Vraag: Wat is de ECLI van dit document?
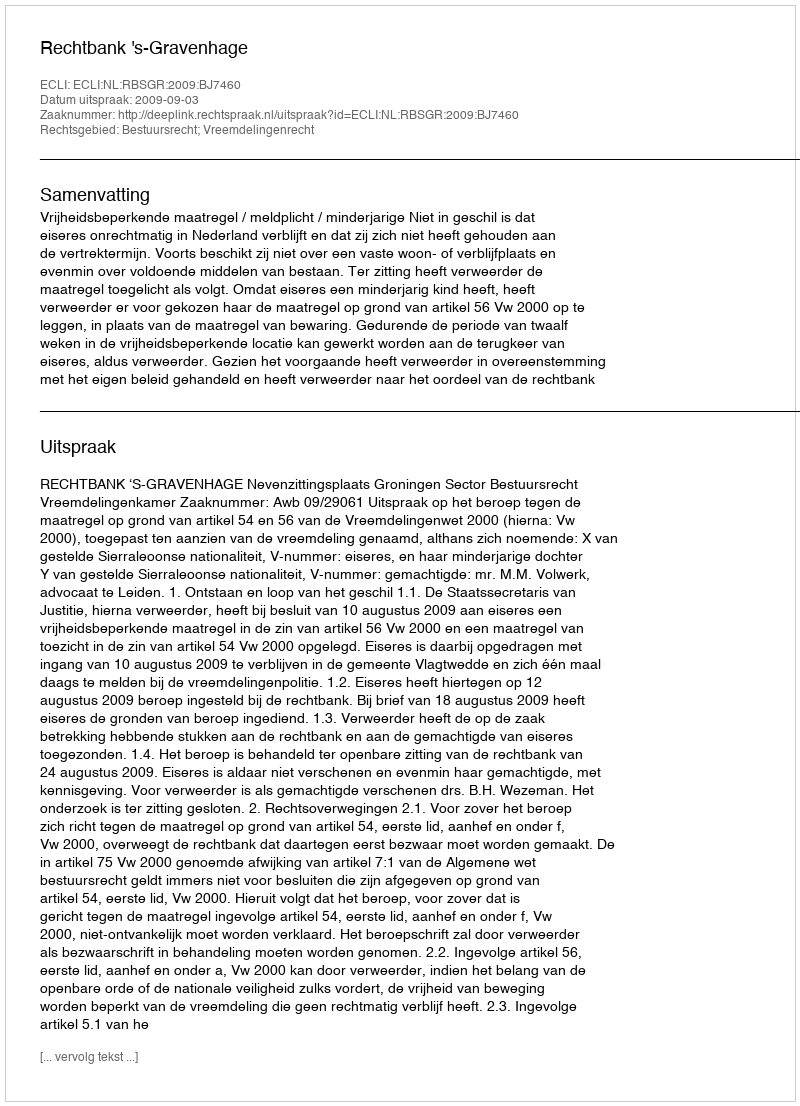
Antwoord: ECLI:NL:RBSGR:2009:BJ7460